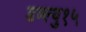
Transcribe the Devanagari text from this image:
डब्ल्यु१५